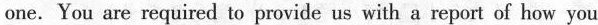
one. You are required to provide us with a report of how you